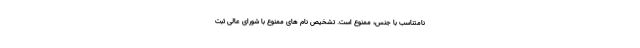
نامتناسب با جنس، ممنوع است. تشخیص نام های ممنوع با شورای عالی ثبت